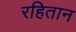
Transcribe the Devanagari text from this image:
रहितान